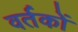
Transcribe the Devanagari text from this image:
वर्तकों